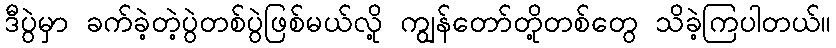
ဒီပွဲမှာ ခက်ခဲ့တဲ့ပွဲတစ်ပွဲဖြစ်မယ်လို့ ကျွန်တော်တို့တစ်တွေ သိခဲ့ကြပါတယ်။